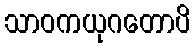
သာဝကယုဂတောပိ